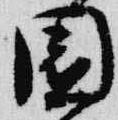
園